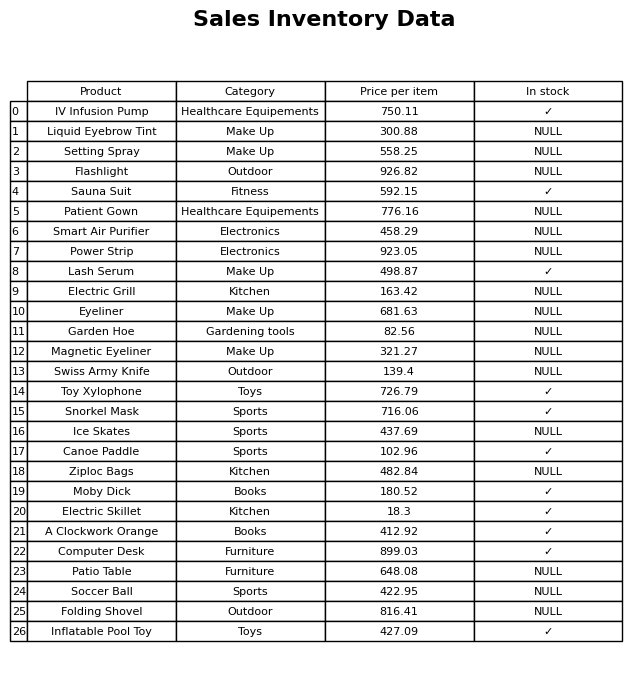
question: Which products are currently out of stock?
answer: Liquid Eyebrow Tint, Setting Spray, Flashlight, Patient Gown, Smart Air Purifier, Power Strip, Electric Grill, Eyeliner, Garden Hoe, Magnetic Eyeliner, Swiss Army Knife, Ice Skates, Ziploc Bags, Patio Table, Soccer Ball, Folding Shovel